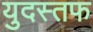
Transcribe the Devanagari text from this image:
युदस्तफ